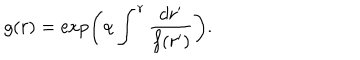
g ( r ) = \exp \left( \alpha \int ^ { r } { \frac { d r ^ { \prime } } { f ( r ^ { \prime } ) } } \right) .